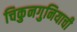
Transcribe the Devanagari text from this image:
चिकुनगुनियाची